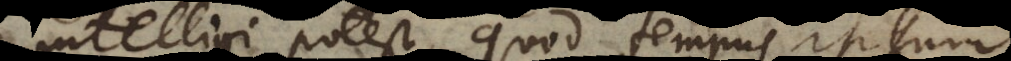
intelligi potest, quod tempus ipsum